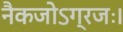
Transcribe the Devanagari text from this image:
नैकजोऽग्रजः।